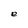
Character: e